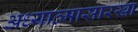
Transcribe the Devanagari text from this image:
अध्यात्मासारखा